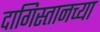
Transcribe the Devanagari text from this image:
दागिस्तानच्या